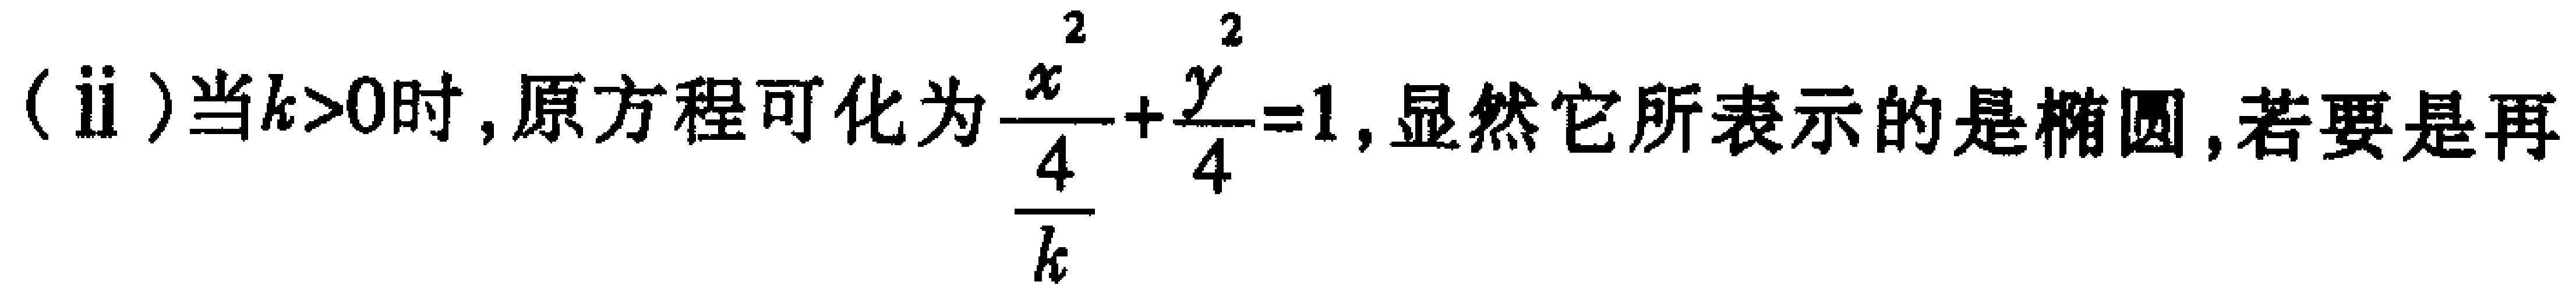
(ii)当\(k > 0\)时,原方程可化为\(\frac{x^{2}}{\frac{4}{k}}+\frac{y^{2}}{4}=1\),显然它所表示的是椭圆,若要是再